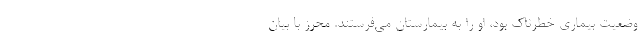
وضعیت بیماری خطرناک بود، او را به بیمارستان می‌فرستند. محرز با بیان